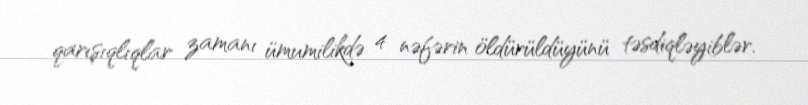
qarışıqlıqlar zamanı ümumilikdə 4 nəfərin öldürüldüyünü təsdiqləyiblər.